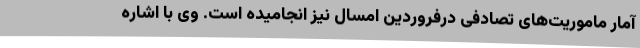
آمار ماموریت‌های تصادفی درفروردین امسال نیز انجامیده است. وی با اشاره